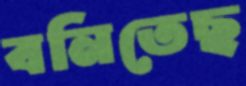
বনিতেছ